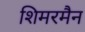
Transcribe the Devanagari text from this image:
शिमरमैन